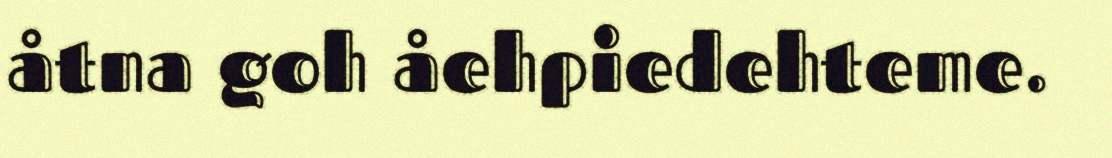
åtna goh åehpiedehteme.